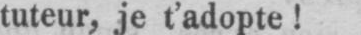
tuteur, je t’adopte!